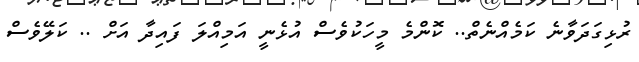
ރުޅިގަދަވާނެ ކަމެއްނެތް.. ކޮންމެ މީހަކުވެސް އުޅެނީ އަމިއްލަ ފައިދާ އަށް .. ކަލޭވެސް